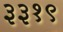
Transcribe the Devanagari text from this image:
३३१९